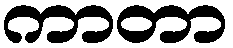
ကာတာ